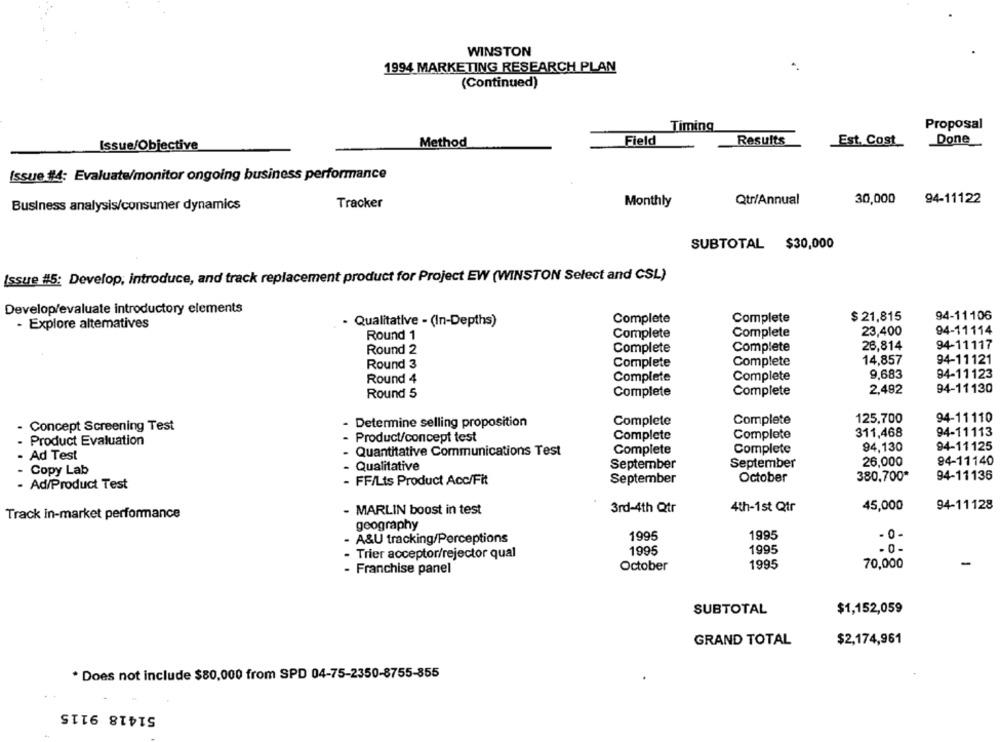
WINSTON
1994 MARKETING RESEARCH PLAN
(Continued)
Timing
Proposal
Field
Results
Est. Cost
Done_
Issue/Objective
Method
Issue #4: Evaluate/monitor ongoing business performance
30,000
94-11122
Business analysis/consumer dynamics
Tracker
Monthly
Qtr/Annual
SUBTOTAL $30,000
Issue #5: Develop, introduce, and track replacement product for Project EW (WINSTON Select and CSL)
Develop/evaluate introductory elements
Complete
Complete
$ 21,815
94-11106
- Explore altematives
Qualitative - (In-Depths)
Complete
23,400
94-11114
Round 1
Complete
Complete
Complete
26,814
94-11117
Round 2
Round 3
Complete
Complete
14,857
94-11121
Complete
Complete
9,683
94-11123
Round 4
Round 5
Complete
Complete
2.492
94-11130
- Determine selling proposition
Complete
Complete
125,700
94-11110
Concept Screening Test
94-11113
Complete
Complete
311,468
Product Evaluation
Product/concept test
94,130
94-11125
Quantitative Communications Test
Complete
Complete
- Ad Test
26,000
94-11140
- Qualitative
September
September
- Copy Lab
FF/Lts Product Acc/Fit
September
October
380,700*
94-11136
- Ad/Product Test
- MARLIN boost in test
3rd-4th Qtr
4th-1st Qtr
45,000
94-11128
Track in-market performance
geography
- 0-
- A&U tracking/Perceptions
1995
1995
1995
- 0-
- Trier acceptor/rejector qual
1995
70,000
-
- Franchise panel
October
1995
SUBTOTAL
$1,152,059
GRAND TOTAL
$2,174,961
* Does not include $80,000 from SPD 04-75-2350-8755-855
51418 9115